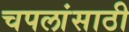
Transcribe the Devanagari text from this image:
चपलांसाठी